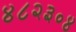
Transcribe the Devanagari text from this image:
४८२३०४